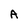
Character: A